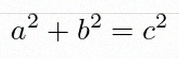
a^2+b^2=c^2